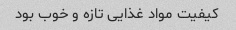
کیفیت مواد غذایی تازه و خوب بود